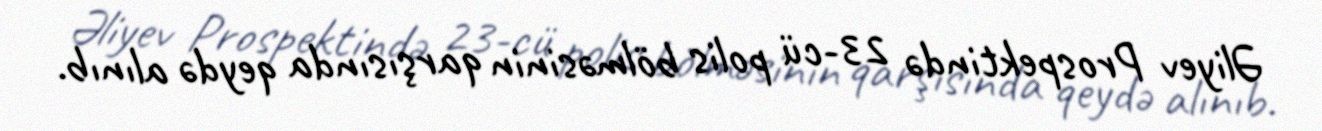
Əliyev Prospektində 23-cü polis bölməsinin qarşısında qeydə alınıb.